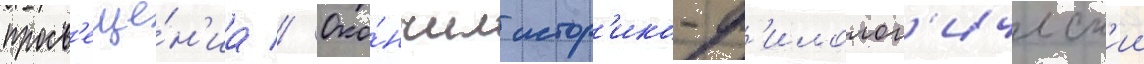
просв'еще́н'иа // Око́нчил истор'ико-ф'илолог'ическ'ии